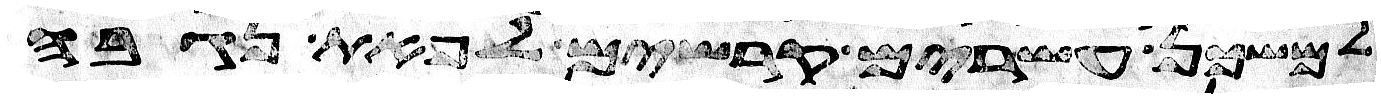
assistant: למשכן עשרים קרשים לפאת נגבה